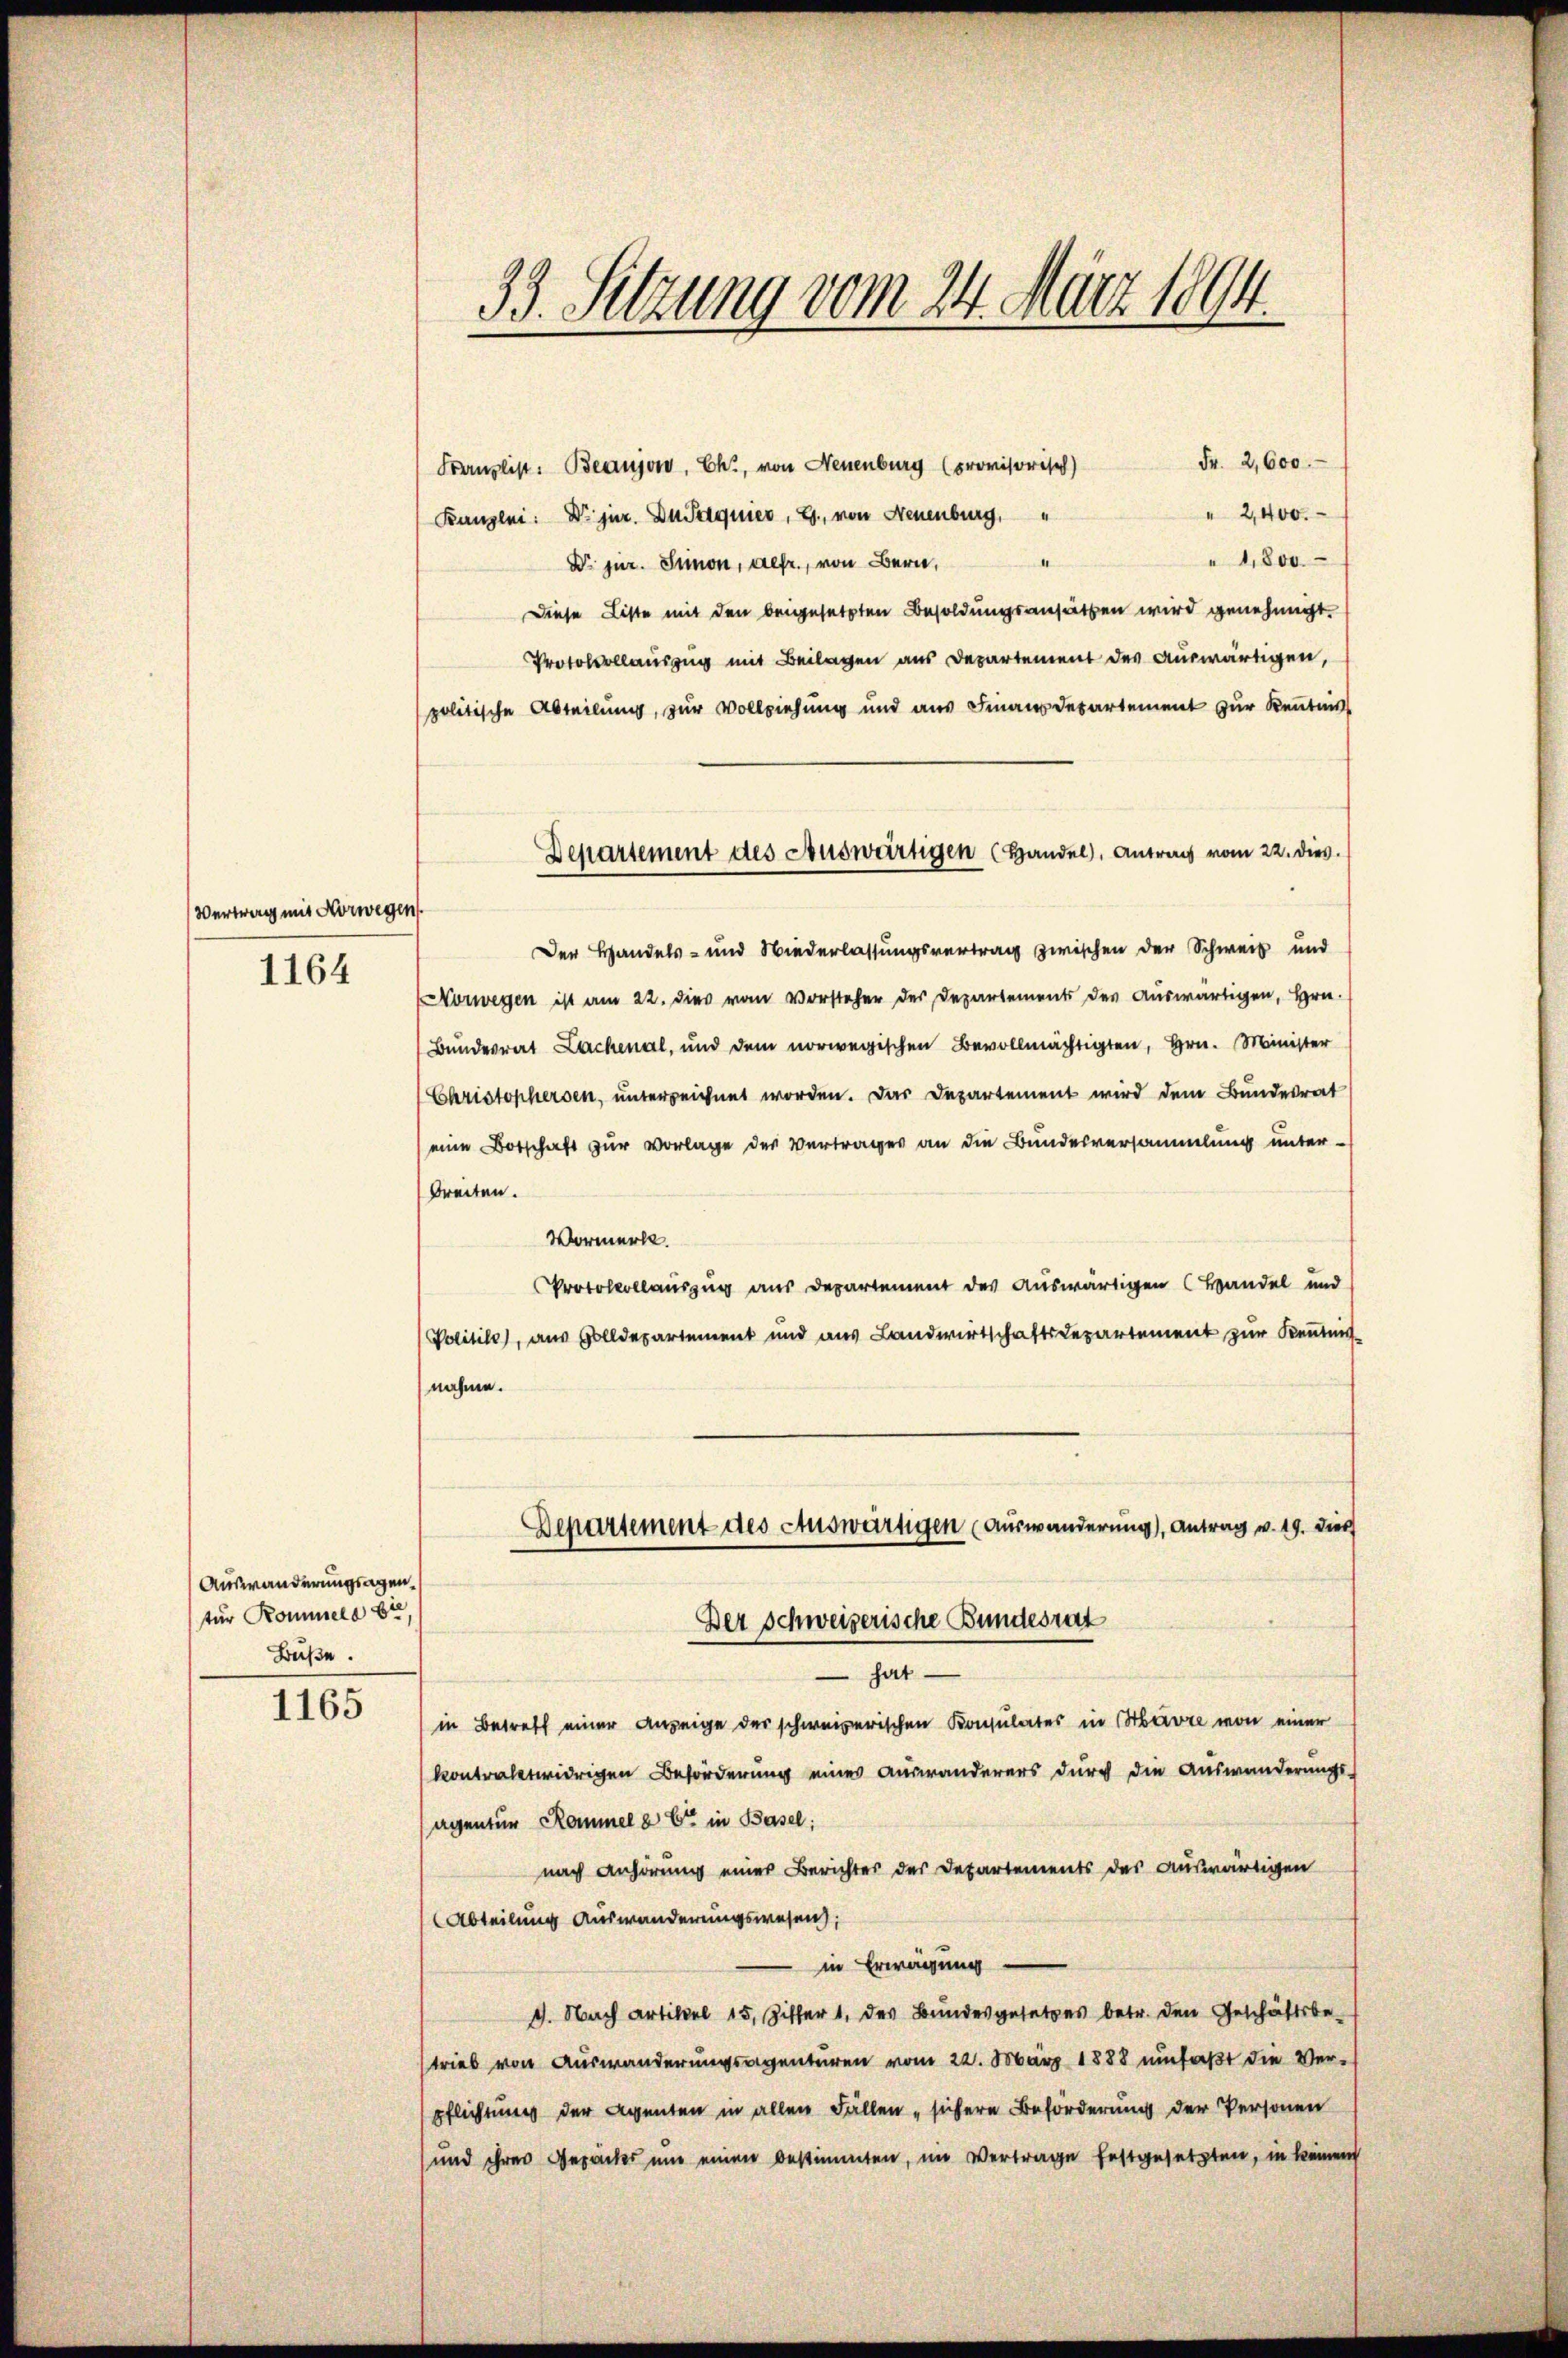
Vertrag mit Norwegen

1164

Auswanderungsagen.
tür Kommels bie
Büße.

1165

33. Setzung vom 24. März 1894.

Fr. 2,600.
Fenzlist: Beaujew, Ch., von Neuenburg (provisorisch)
" 2,400.
Kanzlei: Dr. jur. Du Petquier, G., von Neuenburg,
1,800.
II
Dr jur. Simon, defr., von Bern,
Diese Liste mit den beigesetzten Besoldungsansätzen wird genehmigt.
Protokollauszug mit Beilagen aus Departement des auswärtigen,
politische Abteilung, zur Vollziehung und aus Finanzdepartement zur Kenntnis
Der Handels- und Wiederlassungsvertrag zwischen der Schweiz und
Norwegen ist am 22. dies vom Vorsteher der Departements des Auswärtigen, Hrn.
Bundesrat Lachenal, und dem norwegischen Bevollmächtigten, Hrn. Minister
Christophersen, unterzeichnet worden. Das Departement wird dem Bundesrat
eine Botschaft zur Vorlage der Vertrages an die Bundesversammlung unterbreiten.
Vormerkt.
Protokollauszug aus Departement des auswärtigen Handel und
Politile, aus Bolldepartement und aus Landwirtschaftsdepartement zur Kenntnis
nahme.
Departement des Auswärtigen (Auswanderung), Antrag v. 19. dies
Der Schweizerische Bundesrat
hat
in Betreff einer Anzeige der schweizerischen Konsulates in Havre von einer
kontraletwidrigen Beförderung eines Auswanderers durch die Auswanderungs-
agentur Rommelb Er in Basel:
nach Anhörung einer Berichtes des Departements des auswärtigen
Abteilung Auswanderungswesen;
in Erwägung
1. Nach Artikel 15, Ziffer 1, des Bundesgesetzes betr. den Geschäftsbe-
strieb von Auswanderungsreventuren vom 22. März 1888 umfaßt die Verpflichtung der Agenten in allen Fällen sichere Beförderung der Personen
und ihrer Gepäckes um einen bestimmten, im Vertrage festgesetzten, in keinen

Departement des Auswärtigen (Handel, Antrag vom 22. dies